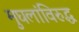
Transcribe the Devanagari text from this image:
मुघलांविरुद्ध